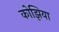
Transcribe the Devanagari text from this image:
कोझिया